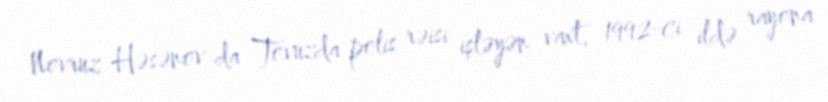
Novruz Həsənov da Tovuzda polis rəisi işləyən vaxt, 1992-ci ildə rayona